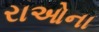
રાઓના